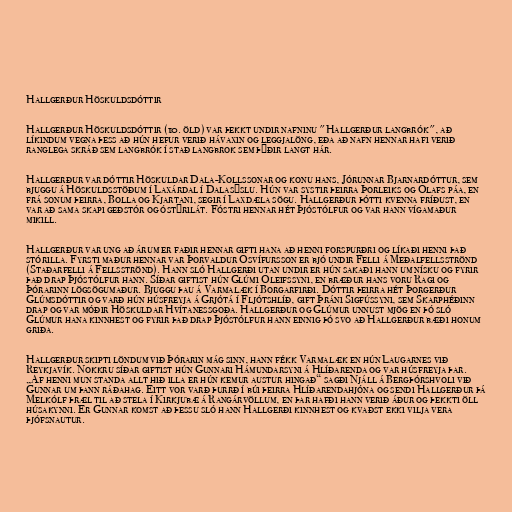
Hallgerður Höskuldsdóttir

Hallgerður Höskuldsdóttir (10. öld) var þekkt undir nafninu "Hallgerður langbrók", að
líkindum vegna þess að hún hefur verið hávaxin og leggjalöng, eða að nafn hennar hafi verið
ranglega skráð sem langbrók í stað langbrok sem þýðir langt hár.

Hallgerður var dóttir Höskuldar Dala-Kollssonar og konu hans, Jórunnar Bjarnardóttur, sem
bjuggu á Höskuldsstöðum í Laxárdal í Dalasýslu. Hún var systir þeirra Þorleiks og Ólafs páa, en
frá sonum þeirra, Bolla og Kjartani, segir í Laxdæla sögu. Hallgerður þótti kvenna fríðust, en
var að sama skapi geðstór og óstýrilát. Fóstri hennar hét Þjóstólfur og var hann vígamaður
mikill.

Hallgerður var ung að árum er faðir hennar gifti hana að henni forspurðri og líkaði henni það
stórilla. Fyrsti maður hennar var Þorvaldur Ósvífursson er bjó undir Felli á Meðalfellsströnd
(Staðarfelli á Fellsströnd). Hann sló Hallgerði utan undir er hún sakaði hann um nísku og fyrir
það drap Þjóstólfur hann. Síðar giftist hún Glúmi Óleifssyni, en bræður hans voru Ragi og
Þórarinn lögsögumaður. Bjuggu þau á Varmalæk í Borgarfirði. Dóttir þeirra hét Þorgerður
Glúmsdóttir og varð hún húsfreyja á Grjótá í Fljótshlíð, gift Þráni Sigfússyni, sem Skarphéðinn
drap og var móðir Höskuldar Hvítanessgoða. Hallgerður og Glúmur unnust mjög en þó sló
Glúmur hana kinnhest og fyrir það drap Þjóstólfur hann einnig þó svo að Hallgerður bæði honum
griða.

Hallgerður skipti löndum við Þórarin mág sinn, hann fékk Varmalæk en hún Laugarnes við
Reykjavík. Nokkru síðar giftist hún Gunnari Hámundarsyni á Hlíðarenda og var húsfreyja þar.
„Af henni mun standa allt hið illa er hún kemur austur hingað“ sagði Njáll á Bergþórshvoli við
Gunnar um þann ráðahag. Eitt vor varð þurrð í búi þeirra Hlíðarendahjóna og sendi Hallgerður þá
Melkólf þræl til að stela í Kirkjubæ á Rangárvöllum, en þar hafði hann verið áður og þekkti öll
húsakynni. Er Gunnar komst að þessu sló hann Hallgerði kinnhest og kvaðst ekki vilja vera
þjófsnautur.